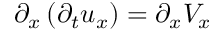
\partial _ { x } \left( \partial _ { t } u _ { x } \right) = \partial _ { x } V _ { x }